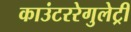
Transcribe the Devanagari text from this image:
काउंटररेगुलेट्री